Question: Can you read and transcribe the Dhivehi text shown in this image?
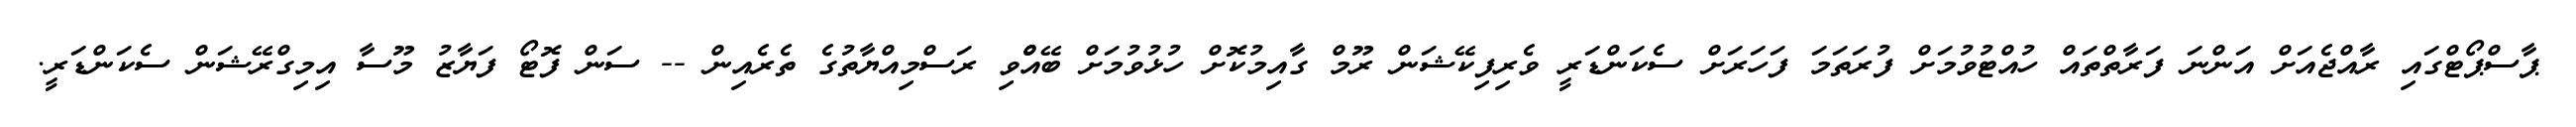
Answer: ޕާސްޕޯޓްގައި ރާއްޖެއަށް އަންނަ ފަރާތްތައް ހުއްޓުވުމަށް ފުރަތަމަ ފަހަރަށް ސެކަންޑަރީ ވެރިފިކޭޝަން ރޫމް ގާއިމުކޮށް ހުޅުވުމަށް ބޭއްްވި ރަސްމިއްޔާތުގެ ތެރެއިން -- ސަން ފޮޓޯ ފަޔާޒު މޫސާ އިމިގްރޭޝަން ސެކަންޑަރީ.